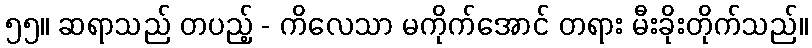
၅၅။ ဆရာသည် တပည့် - ကိလေသာ မကိုက်အောင် တရား မီးခိုးတိုက်သည်။